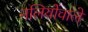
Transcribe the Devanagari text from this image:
नलियोंवाले